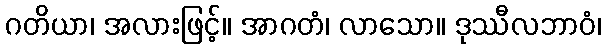
ဂတိယာ၊ အလားဖြင့်။ အာဂတံ၊ လာသော။ ဒုဿီလဘာဝံ၊